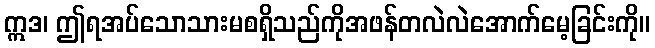
ဣဒ၊ ဤရအပ်သောသားမစရှိသည်ကိုအဖန်တလဲလဲအောက်မေ့ခြင်းကို။